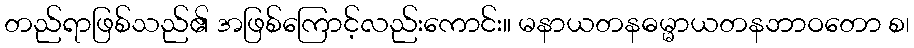
တည်ရာဖြစ်သည်၏ အဖြစ်ကြောင့်လည်းကောင်း။ မနာယတနဓမ္မာယတနဘာဝတော စ၊